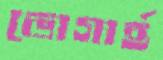
ভোগার্হ